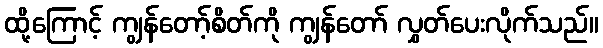
ထို့ကြောင့် ကျွန်တော့်စိတ်ကို ကျွန်တော် လွှတ်ပေးလိုက်သည်။